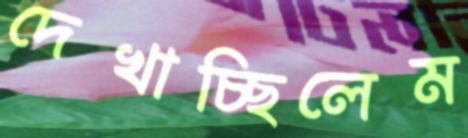
দেখাচ্ছিলেম